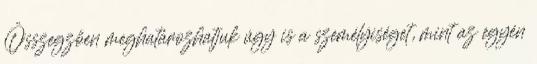
Összegzően meghatározhatjuk úgy is a személyiséget, mint az egyén